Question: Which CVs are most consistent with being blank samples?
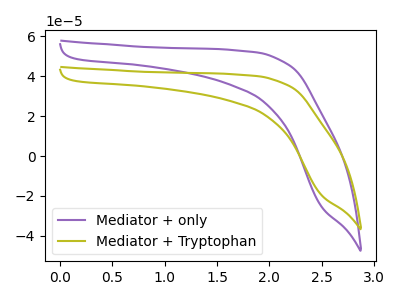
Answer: <think>The purple curve "Mediator + only" has no peaks. The olive curve "Mediator + Tryptophan" has no peaks.</think>
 <answer>"Mediator + only" and "Mediator + Tryptophan" are likely to be blanks.</answer>
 <eval>"Mediator + only", "Mediator + Tryptophan"</eval>